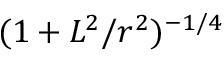
( 1 + L ^ { 2 } / r ^ { 2 } ) ^ { - 1 / 4 }